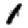
Digit: 1